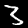
Label: 3